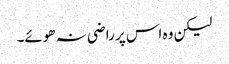
لیکن وہ اس پر راضی نہ ھوئے۔